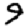
Digit: 9